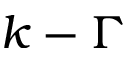
k - \Gamma